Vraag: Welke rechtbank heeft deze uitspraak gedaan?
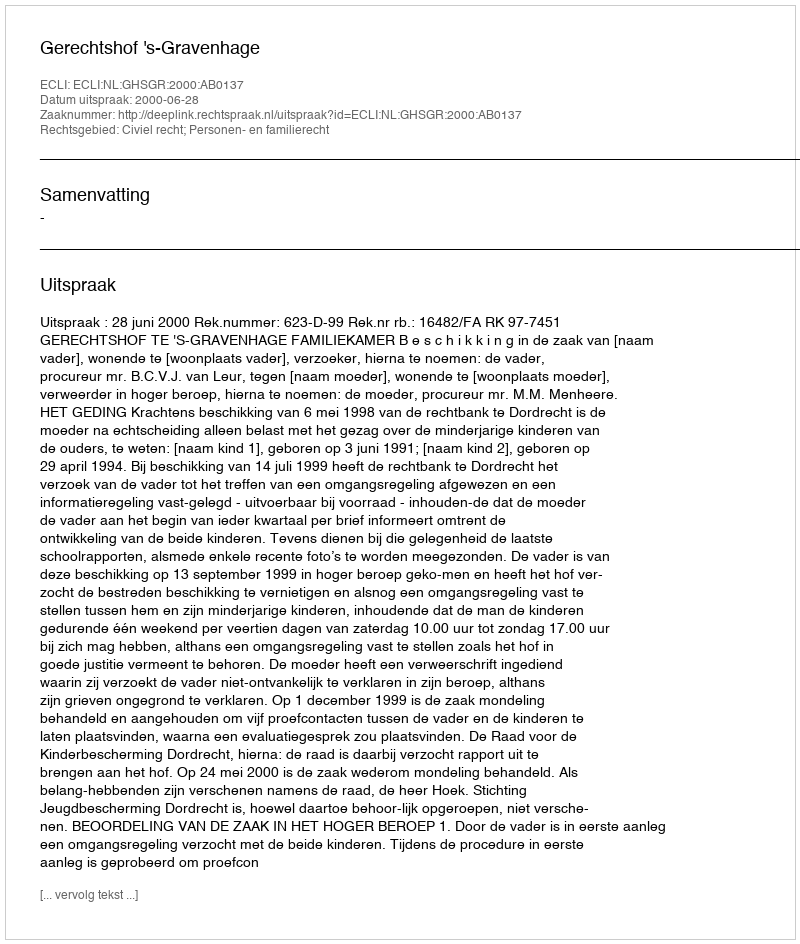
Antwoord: Gerechtshof 's-Gravenhage